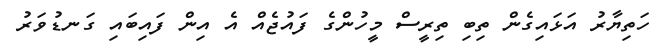
ހަތިޔާރު އަޅައިގެން ތިބި ތިރީސް މީހުންގެ ފައުޖެއް އެ އިން ފައިބައި ގަނޑުވަރު